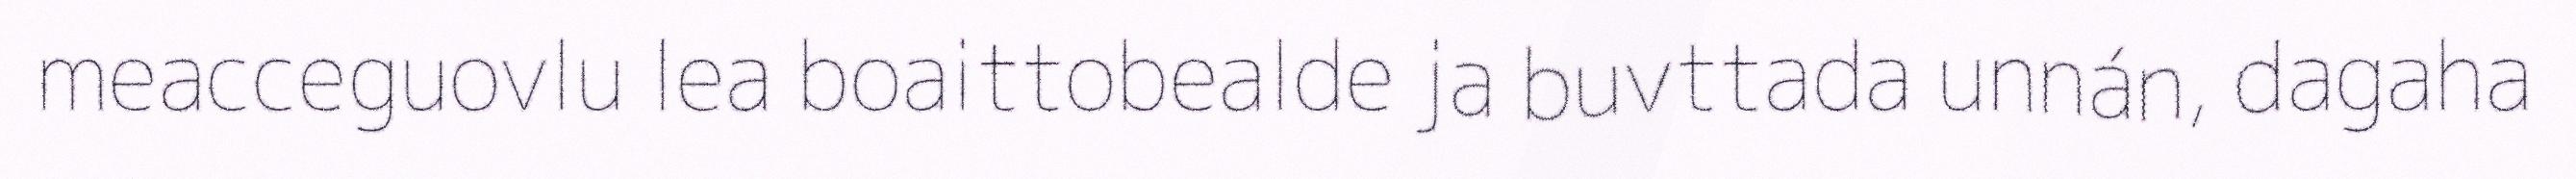
meacceguovlu lea boaittobealde ja buvttada unnán, dagaha